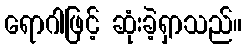
ရောဂါဖြင့် ဆုံးခဲ့ရှာသည်။